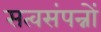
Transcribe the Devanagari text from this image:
सत्वसंपन्नों